Bréfritari: Margrét Hannesdóttir
Viðtakandi: Daníel Halldórsson
Dagsetning: A-1899-07-30
Skrifað á: Þinghóll  S-Múl.

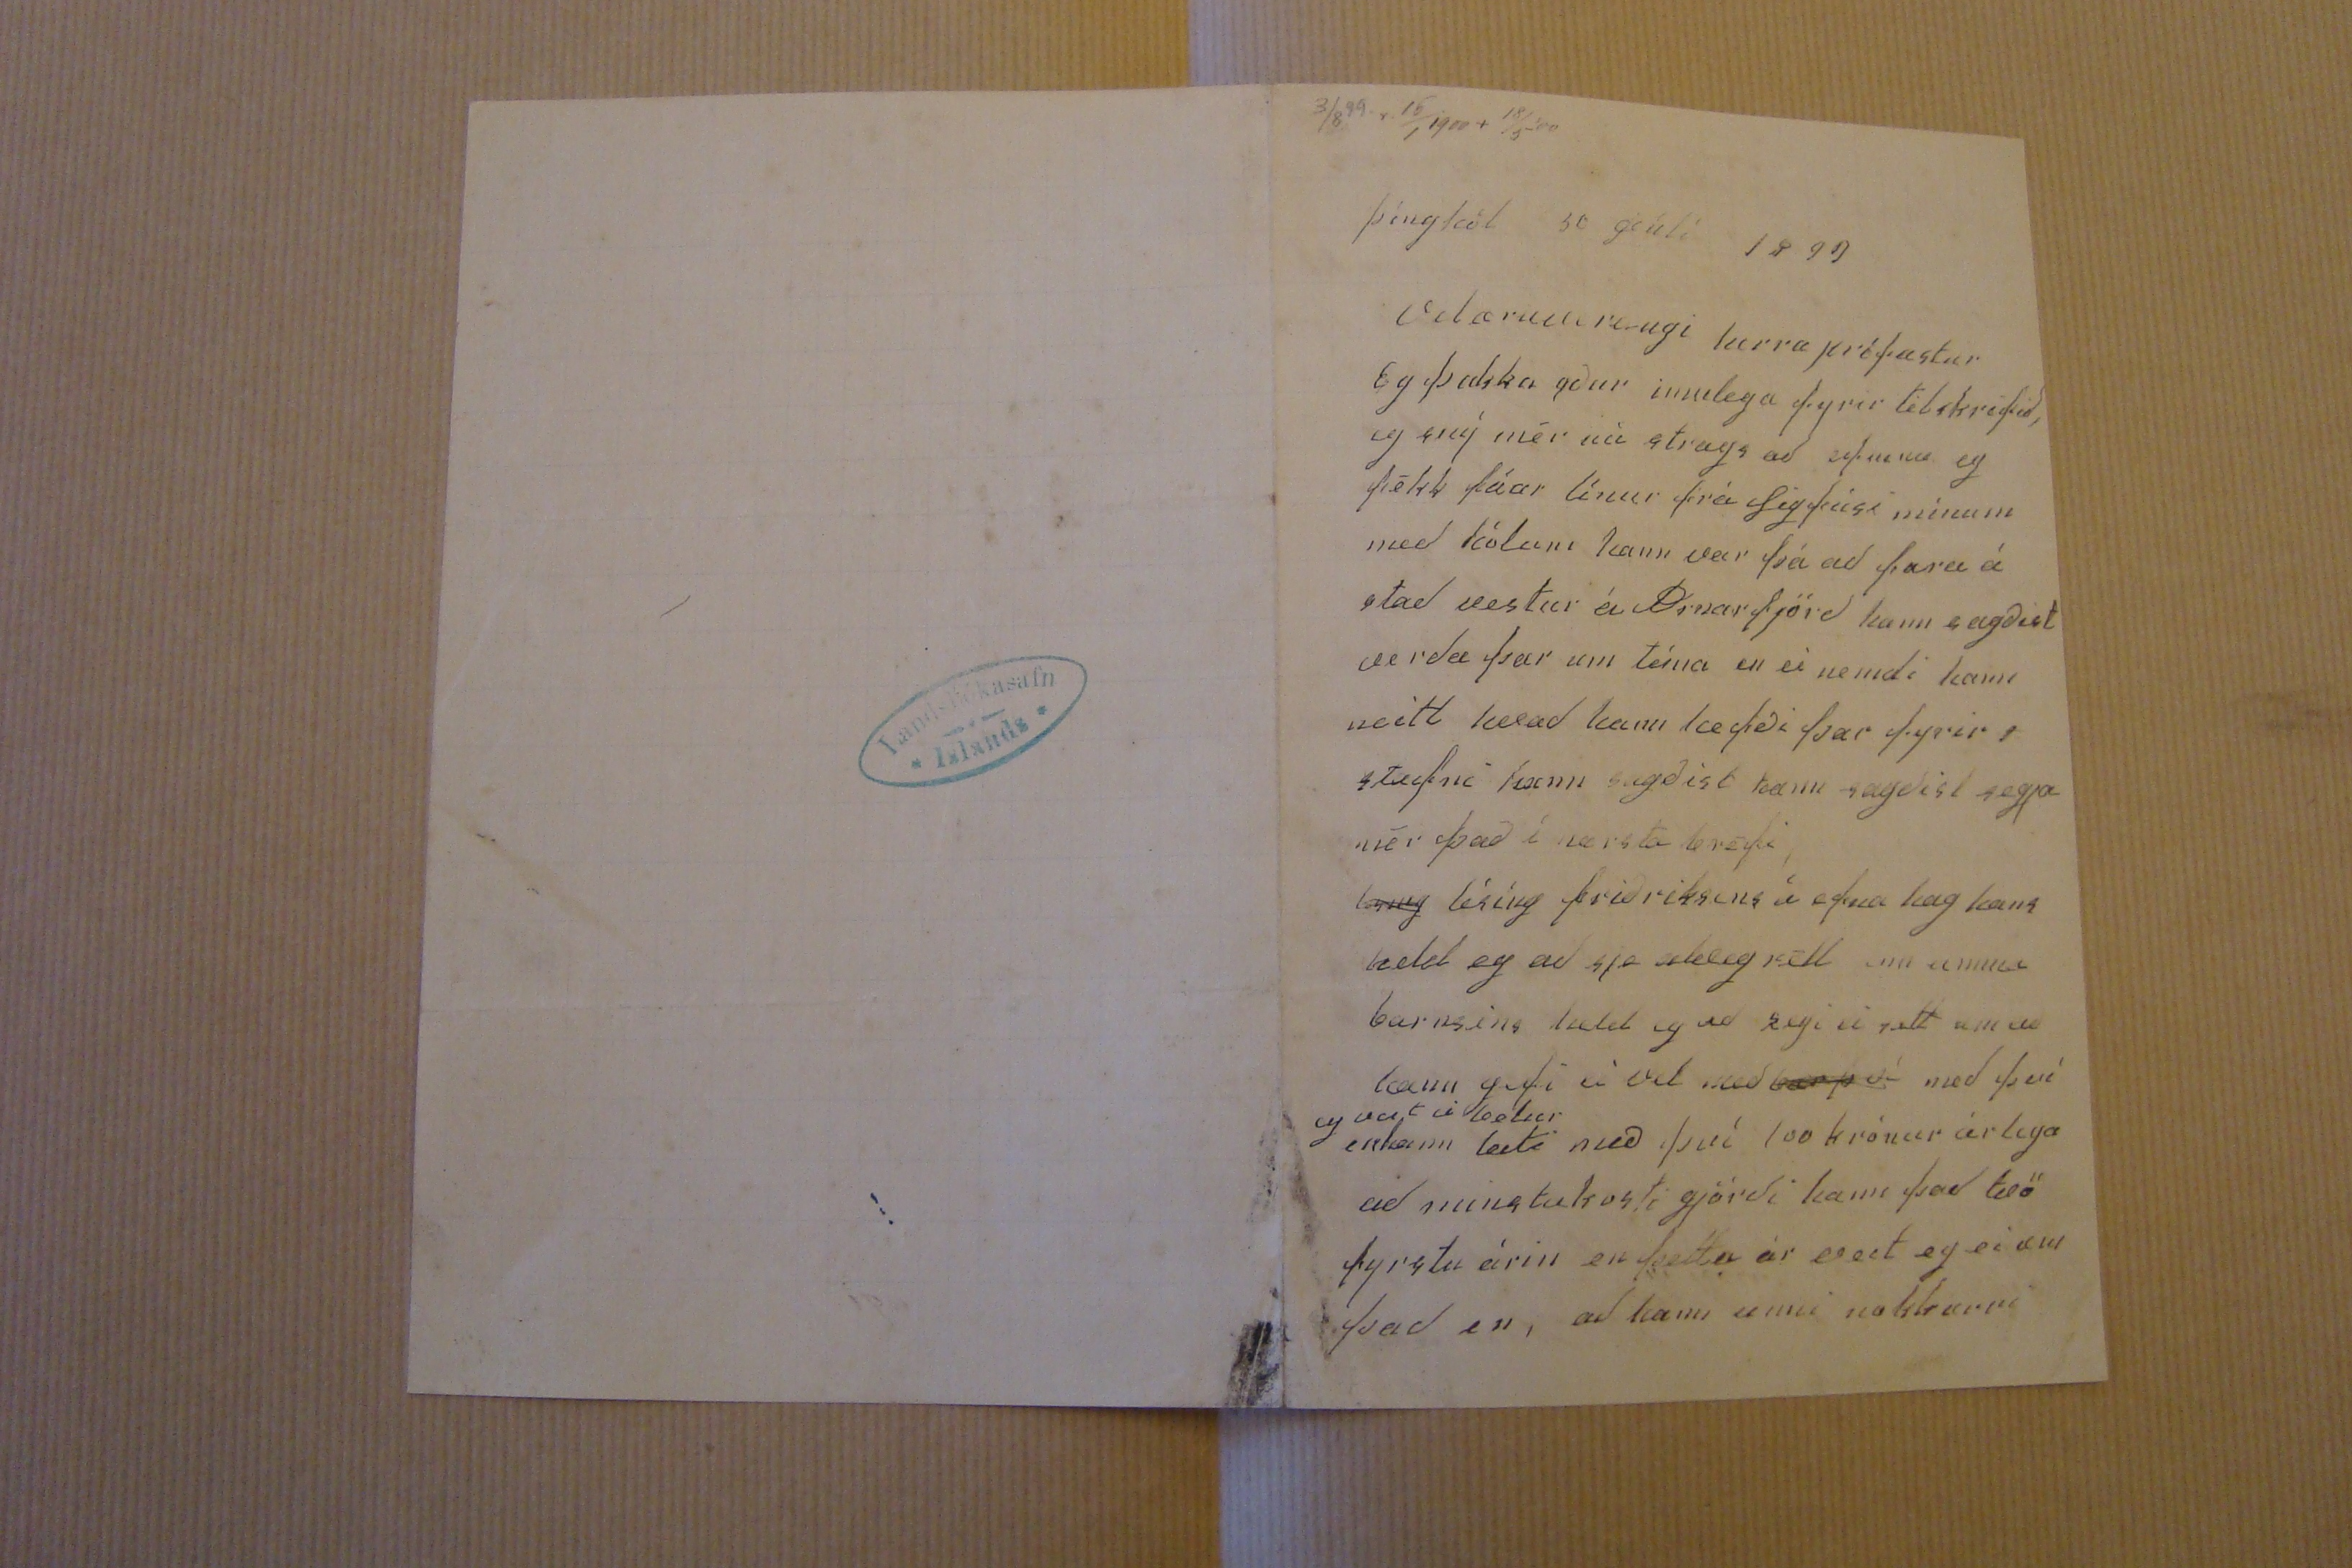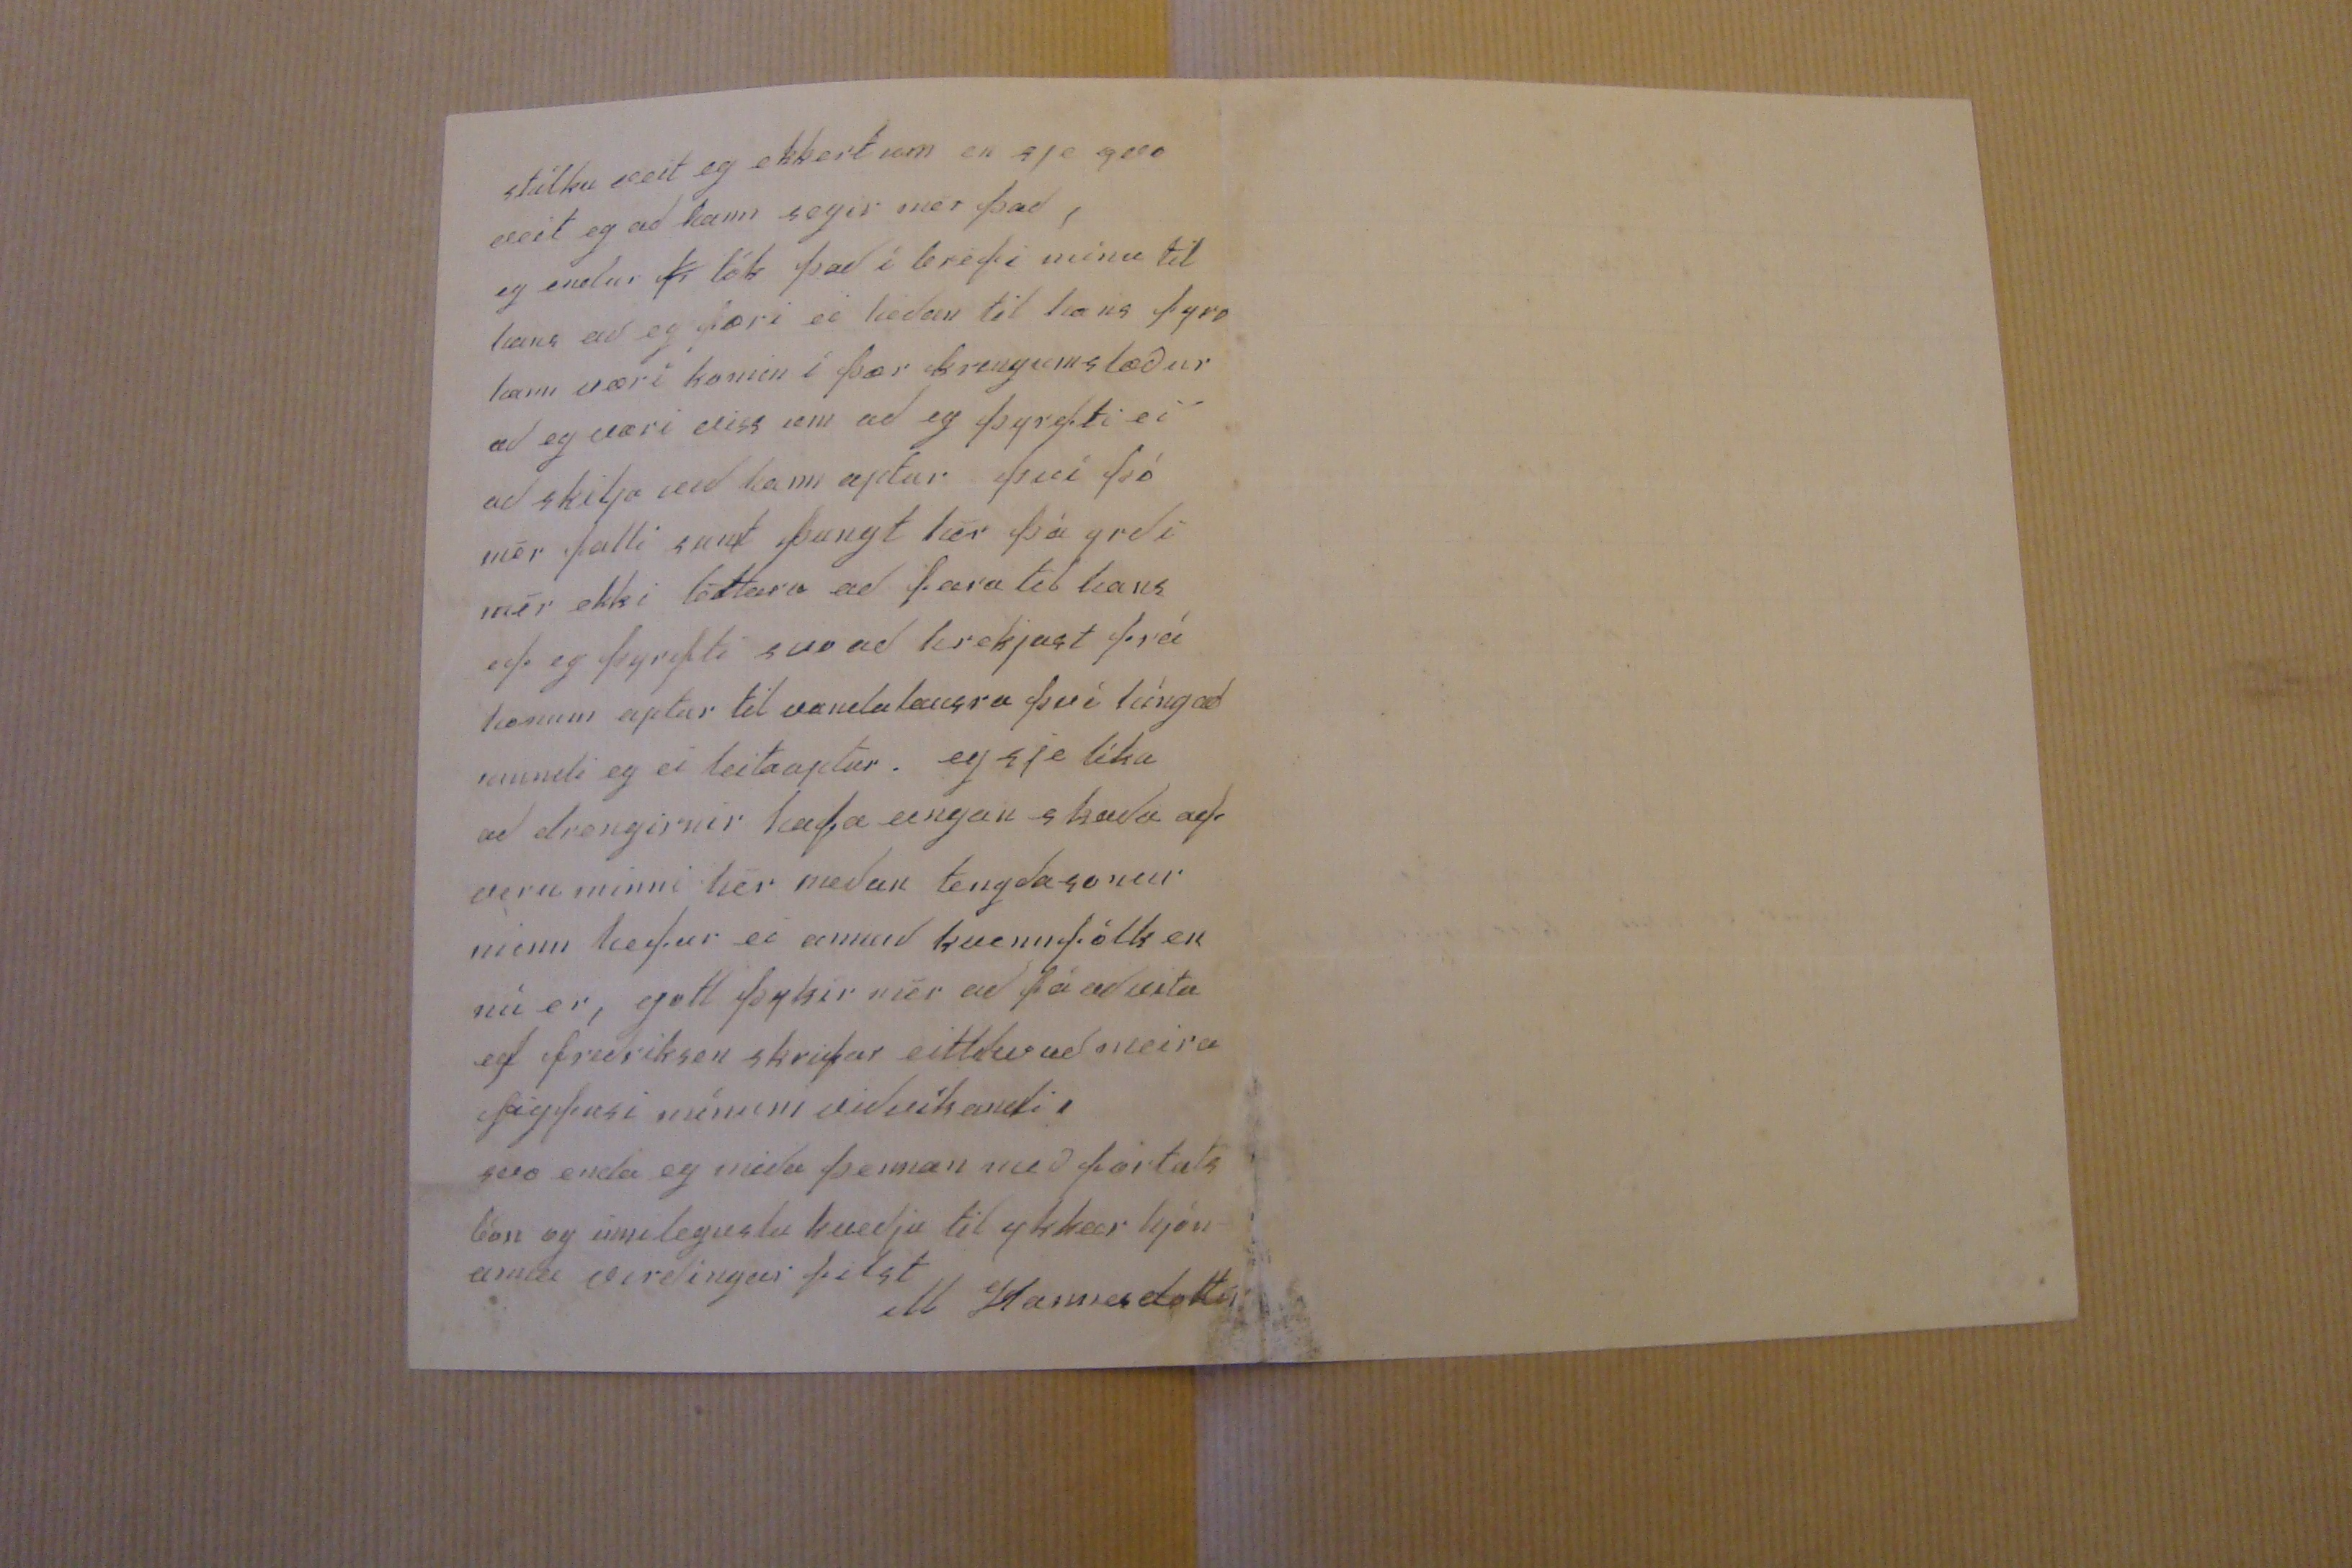

3/8 99. r. 15/1 1900 + 18/5 ´00
Þínghól 30 júlí 1899
Velæruverðugi herra prófastur Eg þakka yður innilega fyrir tilskrifið, eg sný mér nú strags að efninu eg fékk fáar línur frá Sigfúsi mínum med
kólum
hann var frá að fara á stad vestur á Arnarfjörd hann sagðist verda þar um tíma en ei nemdi hann neitt hvad hann hefði þar fyrir stafni hann sagðist hann sagðist segja mér það í nærsta bréfi,
leng
0é000g
friðriksens á efna hag hans held eg ad sje
aldrey rétt
enn
00000
barnsins held eg ad
eigi
ei rett um að hann géfi ei vel með
b000 á
med því
eg veit ei betur
en hann leiti með því 100 krónur árlega ad minstakosti gjördi hann þad tvö fyrstu árin en þetta ár veit eg ei um þad en, ad kæmi ei med nokkurri
stúlku veit eg ekkert um en sje svo veit eg ad hann segir mér þad, eg endur tók þad í bréfi mínu til hans ad eg færi ei hédan til hans fyrr hann væri komin í þær kringumstæður ad eg væri viss um ad eg þyrfti ei ad skilja vid hann aptur því þó mér þotti
sumt
þungt hér þá yrdi mér ekki léttara ad fara til hans ef eg þyrfti svo ad hrekjast frá honum aptur til vandalausra því híngad mundi eg ei leita aptur. eg sje líka ad drengirnir hafa eingan skada af veru minni hér medan tengdasonur minn hefur ei annad kvennfólk en nú er, gott þykir mér ad fá ad vita ef fredriksen skrifar eitthvad meira Sigfusi mínum vidvíkandi, svo enda eg mida þennan med
f0rtals
bón og innilegustu kvedju til ykkar hjón- anna virdíngar filst
M Hannesdottir